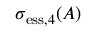
\sigma _ { \mathrm { e s s } , 4 } ( A )